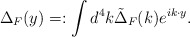
\begin{align*}\Delta_F(y)=:\int d^4k \tilde{\Delta}_F(k)e^{ik\cdot y}.\end{align*}